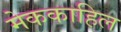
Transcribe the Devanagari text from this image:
मेककाहिल